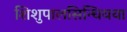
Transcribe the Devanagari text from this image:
शिशुपालसिन्धियया